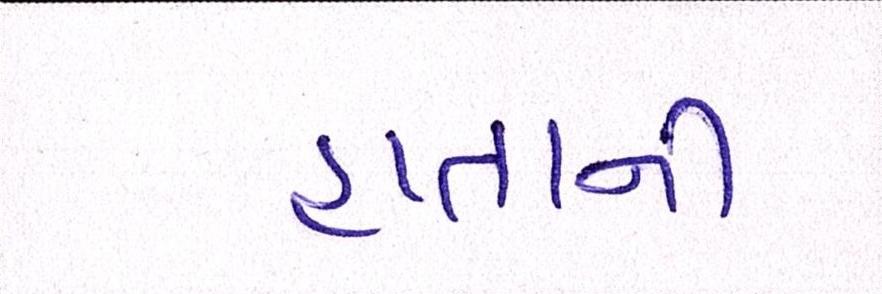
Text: હપ્તાની